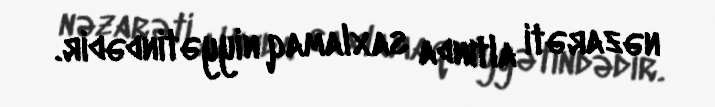
nəzarəti altında saxlamaq niyyətindədir.